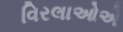
વિરલાઓએ